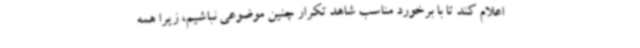
اعلام کند تا با برخورد مناسب شاهد تکرار چنین موضوعی نباشیم، زیرا همه